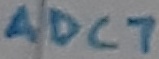
Text: ADC7